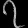
Digit: ၇